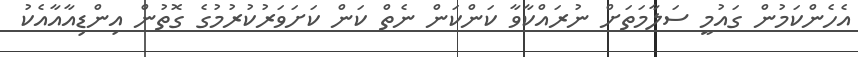
އެހެންކަމުން ގައުމީ ސަލާމަތަށް ނުރައްކާވާ ކަންކަން ނެތް ކަން ކަށަވަރުކުރުމުގެ ގޮތުން އިންޑިއާއާއެކު